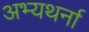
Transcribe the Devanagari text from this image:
अभ्यथर्ना